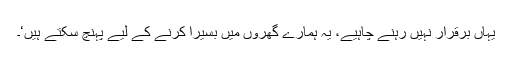
یہاں برقرار نہیں رہنے چاہیے، یہ ہمارے گھروں میں بسیرا کرنے کے لیے پہنچ سکتے ہیں‘۔